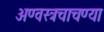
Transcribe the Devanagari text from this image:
अण्वस्त्रचाचण्या